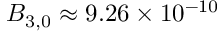
B _ { 3 , 0 } \approx 9 . 2 6 \times 1 0 ^ { - 1 0 }